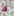
قد